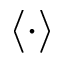
\langle \cdot \rangle